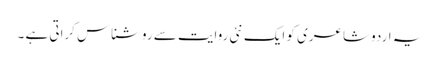
یہ اردو شاعری کو ایک نئی روایت سے روشناس کراتی ہے ۔